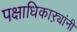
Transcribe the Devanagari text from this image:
पक्षाधिकाऱ्यांनी